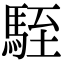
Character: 駤